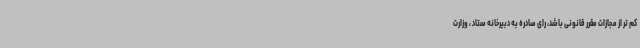
کم تر از مجازات مقرر قانونی باشد، رای صادره به دبیرخانه ستاد ، وزارت